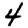
Digit: 4